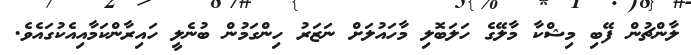
ލާންޗުން ފޭބި މިޝްކާ މާލޭގެ ހަލަބޮލި މާހައުލަށް ނަޒަރު ހިންގަމުން ބުނެލީ ހައިރާންކަމާއިއެކުގައެވެ.